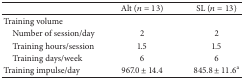
|  | Alt (n = 13) | SL (n = 13) |
 | --- | --- | --- |
 | Training volume |  |  |
 | Number of session/day | 2 | 2 |
 | Training hours/session | 1.5 | 1.5 |
 | Training days/week | 6 | 6 |
 | Training impulse/day | 967.0 ± 14.4 | 845.8 ± 11.6a |